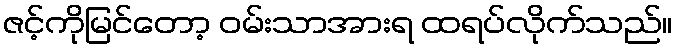
ဇင့်ကိုမြင်တော့ ဝမ်းသာအားရ ထရပ်လိုက်သည်။